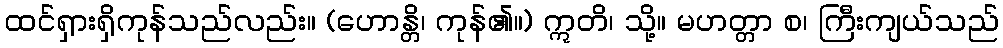
ထင်ရှားရှိကုန်သည်လည်း။ (ဟောန္တိ၊ ကုန်၏။) ဣတိ၊ သို့။ မဟတ္တာ စ၊ ကြီးကျယ်သည်